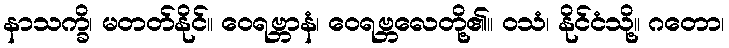
နာသက္ခိ၊ မတတ်နိုင်။ ဝေရဗ္ဘာနံ၊ ဝေရဗ္ဘလေတို့၏။ ဝသံ၊ နိုင်ငံသို့။ ဂတော၊